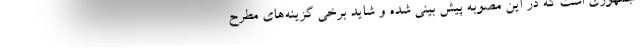
جمهوری است که در این مصوبه پیش بینی شده و شاید برخی گزینه‌های مطرح